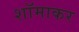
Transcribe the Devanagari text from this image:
शॉमाकर